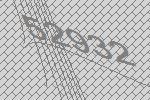
52932